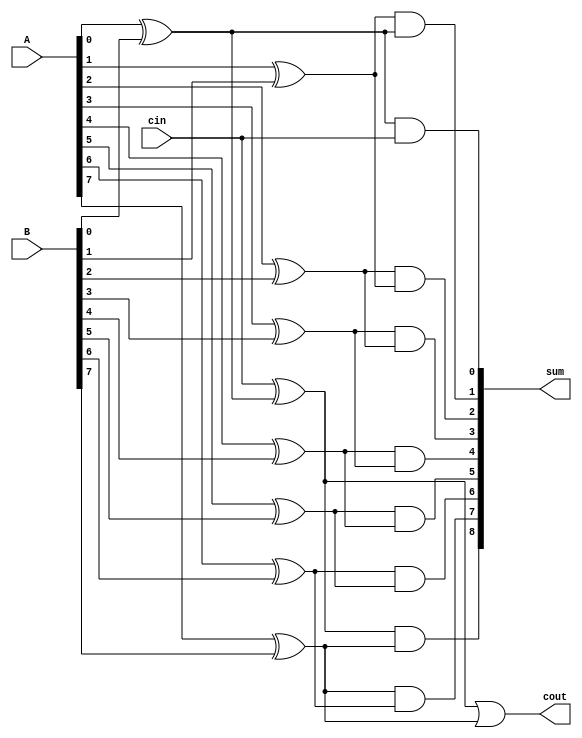
module carry_skip_adder(
    input [7:0] A,
    input [7:0] B,
    input cin,
    output [8:0] sum,
    output cout
);

wire [8:0] C;

xor x0(C[0], A[0], B[0]);
xor x1(C[1], A[1], B[1]);
xor x2(C[2], A[2], B[2]);
xor x3(C[3], A[3], B[3]);
xor x4(C[4], A[4], B[4]);
xor x5(C[5], A[5], B[5]);
xor x6(C[6], A[6], B[6]);
xor x7(C[7], A[7], B[7]);
xor x8(C[8], cin, C[0]);

and a0(sum[0], C[0], cin);
and a1(sum[1], C[1], C[0]);
and a2(sum[2], C[2], C[1]);
and a3(sum[3], C[3], C[2]);
and a4(sum[4], C[4], C[3]);
and a5(sum[5], C[5], C[4]);
and a6(sum[6], C[6], C[5]);
and a7(sum[7], C[7], C[6]);
and a8(sum[8], C[8], C[7]);

or o0(cout, C[8], C[7]);

endmodule